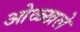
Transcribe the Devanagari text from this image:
ओळ्खले